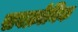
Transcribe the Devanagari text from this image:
सबक्रोनिक